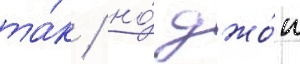
та́к / но́ джо́н